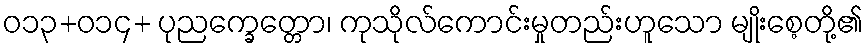
ဝ၁၃+၀၁၄+ ပုညက္ခေတ္တော၊ ကုသိုလ်ကောင်းမှုတည်းဟူသော မျိုးစေ့တို့၏